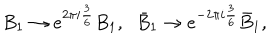
B _ { 1 } \to e ^ { 2 \pi i \frac { 3 } { 6 } } B _ { 1 } , \; \; \bar { B } _ { 1 } \to e ^ { - 2 \pi i \frac { 3 } { 6 } } \bar { B } _ { 1 } ,